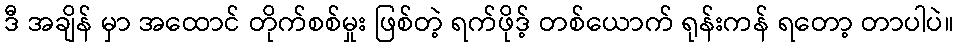
ဒီ အချိန် မှာ အထောင် တိုက်စစ်မှုး ဖြစ်တဲ့ ရက်ဖိုဒ့် တစ်ယောက် ရုန်းကန် ရတော့ တာပါပဲ။